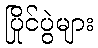
ပြိုင်ပွဲများ